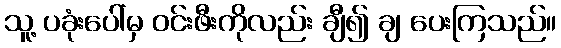
သူ့ ပခုံးပေါ်မှ ဝင်းဖီးကိုလည်း ချီ၍ ချ ပေးကြသည်။